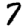
Digit: 7